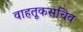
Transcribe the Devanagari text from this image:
वाहतूकसचिव